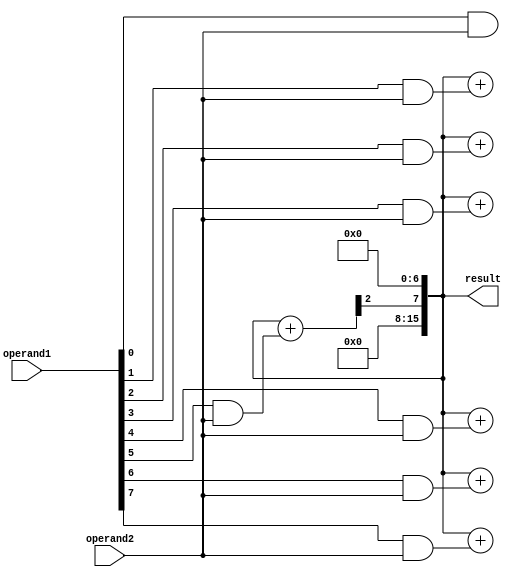
module UnsignedMultiplier(
    input wire [7:0] operand1,
    input wire [7:0] operand2,
    output reg [15:0] result
);

wire [7:0] partial_products [7:0];
wire [15:0] sum;

// Generate partial products
genvar i;
generate 
    for (i = 0; i < 8; i = i + 1) begin: gen_partial_products
        assign partial_products[i] = operand1[i] & operand2;
    end
endgenerate

// Add partial products
assign sum = partial_products[0];
genvar j;
generate 
    for (j = 1; j < 8; j = j + 1) begin: gen_adder
        assign sum = sum + partial_products[j] << j;
    end
endgenerate

// Output the result
always @(*) begin
    result = sum;
end

endmodule